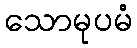
သောမုပမံ